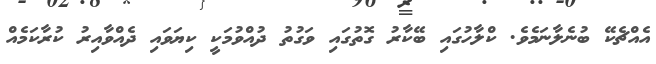
އެއްޗެކޭ ބުނެލާނަމެވެ. ކްލާހުގައި ބޭކާރު ގޮތުގައި ވަގުތު ދުއްވުމަކީ ކިޔަވައި ދެއްވާއިރު ކުރާކަމެއް